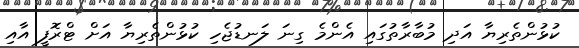
ކުޅުންތެރިޔާ އަދި މުބާރާތުގައި އެންމެ ގިނަ ލަނޑުޖެހި ކުޅުންތެރިޔާ އަށް ޓްރޮފީ އާއި